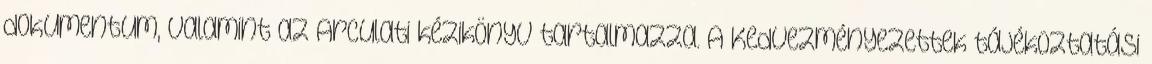
dokumentum, valamint az Arculati kézikönyv tartalmazza. A Kedvezményezettek tájékoztatási